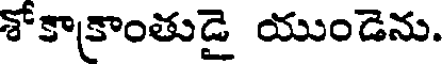
శోకాకాంతుడై యుండెను.